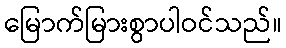
မြောက်မြားစွာပါဝင်သည်။